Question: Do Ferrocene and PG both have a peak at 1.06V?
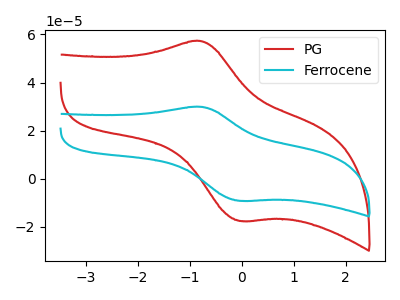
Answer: <think>The red curve "PG" has an anodic peak at (-0.80V, 57.25uA) and a cathodic peak at (0.00V, -17.55uA). The cyan curve "Ferrocene" has an anodic peak at (-0.80V, 29.95uA) and a cathodic peak at (0.00V, -9.15uA).</think>
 <answer>No, "Ferrocene" and "PG" dont share a peak at 1.06V.</answer>
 <eval>mismatch</eval>